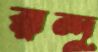
রন্দু